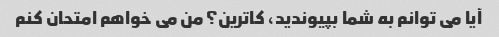
آیا می توانم به شما بپیوندید، کاترین؟ من می خواهم امتحان کنم